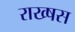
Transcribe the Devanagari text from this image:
राख्षस